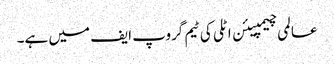
عالمی چیمپیئن اٹلی کی ٹیم گروپ ایف میں ہے۔